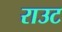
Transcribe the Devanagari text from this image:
राउट